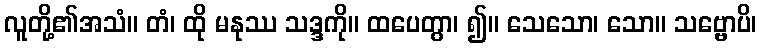
လူတို့၏အသံ။ တံ၊ ထို မနုဿ သဒ္ဒကို။ ထပေတွာ၊ ၍။ သေသော၊ သော။ သဗ္ဗောပိ၊